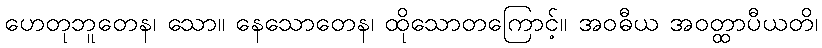
ဟေတုဘူတေန၊ သော။ နေသောတေန၊ ထိုသောတကြောင့်။ အဝဓီယ အဝတ္ထာပီယတိ၊